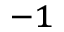
^ { - 1 }